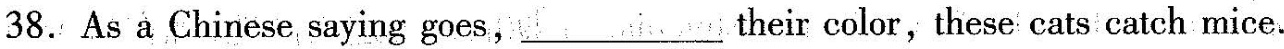
38.As a Chinese saying goes,___their color,these cats catch mice.